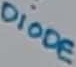
Text: DIODE